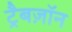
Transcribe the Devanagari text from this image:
ट्रैबज़ॉन